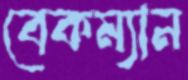
বেকম্যান